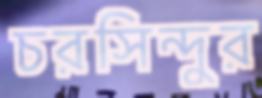
চরসিন্দুর